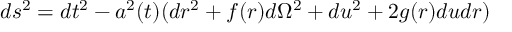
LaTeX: d s ^ { 2 } = d t ^ { 2 } - a ^ { 2 } ( t ) ( d r ^ { 2 } + f ( r ) d \Omega ^ { 2 } + d u ^ { 2 } + 2 g ( r ) d u d r )